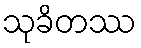
သုခိတဿ